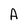
Character: A